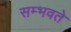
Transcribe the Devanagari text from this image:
सम्भवते